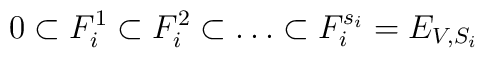
0 \subset F_i^1 \subset F_i^2 \subset \dots \subset F_i^{s_i}=E_{V,S_i}